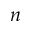
n